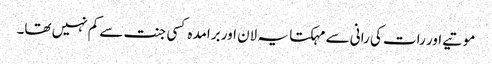
موتیے اور رات کی رانی سے مہکتا یہ لان اور برامدہ کسی جنت سے کم نہیں تھا۔